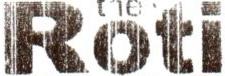
ROTI